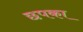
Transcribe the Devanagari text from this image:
छपका